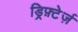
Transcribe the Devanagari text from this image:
ड्रिफ़्टेर्ज़